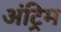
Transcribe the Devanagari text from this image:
अंट्रिम